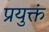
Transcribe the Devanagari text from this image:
प्रयुक्तं